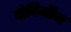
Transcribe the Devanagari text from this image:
पोदिमीन